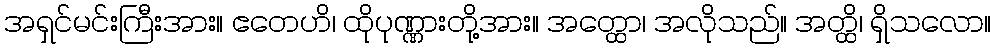
အရှင်မင်းကြီးအား။ ဧတေဟိ၊ ထိုပုဏ္ဏားတို့အား။ အတ္ထော၊ အလိုသည်။ အတ္ထိ၊ ရှိသလော။